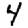
Digit: 4